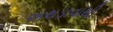
અથડાવાથી